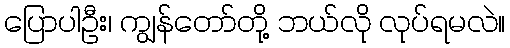
ပြောပါဦး၊ ကျွန်တော်တို့ ဘယ်လို လုပ်ရမလဲ။